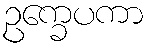
ဥက္ခေပကာ